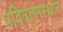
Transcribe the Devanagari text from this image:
पवित्रतमस्थान